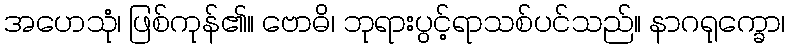
အဟေသုံ၊ ဖြစ်ကုန်၏။ ဗောဓိ၊ ဘုရားပွင့်ရာသစ်ပင်သည်။ နာဂရုက္ခော၊